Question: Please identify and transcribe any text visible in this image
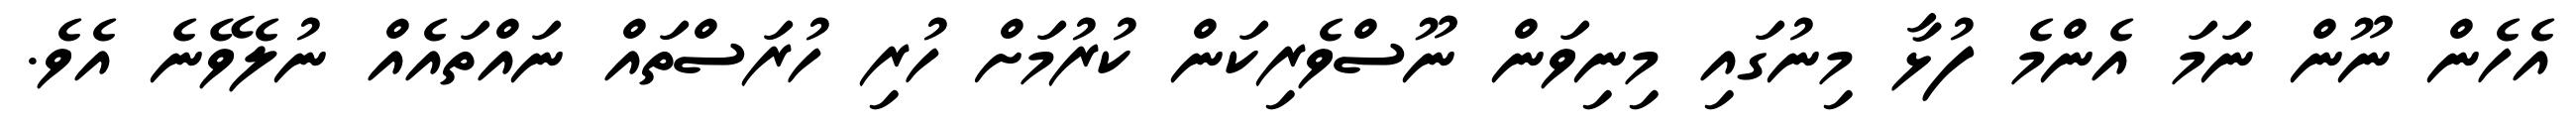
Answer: އެހެން ނޫން ނަމަ އެންމެ ފުޅާ މިނުގައި މިނިވަން ނޫސްވެރިކަން ކުރުމަށް ހުރި ހުރަސްތައް ނައްތައެއް ނުލެވޭނެ އެވެ.